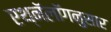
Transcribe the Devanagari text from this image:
एथ्नॅलॉगनुसार